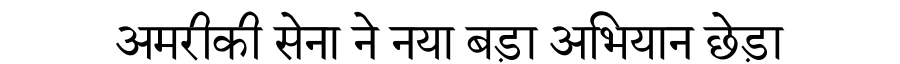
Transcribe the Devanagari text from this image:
अमरीकी सेना ने नया बड़ा अभियान छेड़ा